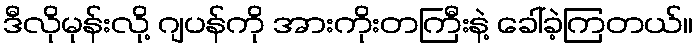
ဒီလိုမုန်းလို့ ဂျပန်ကို အားကိုးတကြီးနဲ့ ခေါ်ခဲ့ကြတယ်။